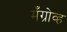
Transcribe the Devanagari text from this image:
मँग्रोव्ह